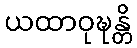
ယထာဝုဍ္ဎန္တိ